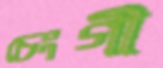
চেংগী